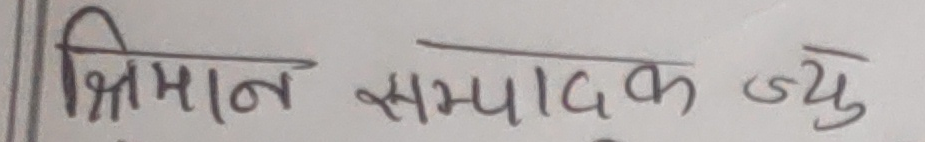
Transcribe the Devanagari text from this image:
श्रीमान् सम्पादक ज्यु